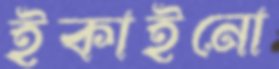
ইকাইনো